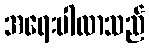
အရေးပါလာသည်